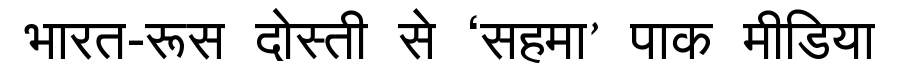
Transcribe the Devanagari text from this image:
भारत-रूस दोस्ती से ‘सहमा’ पाक मीडिया